Vaccination Hyderabad 1872-1889 - 1872-1889
Year: 1872
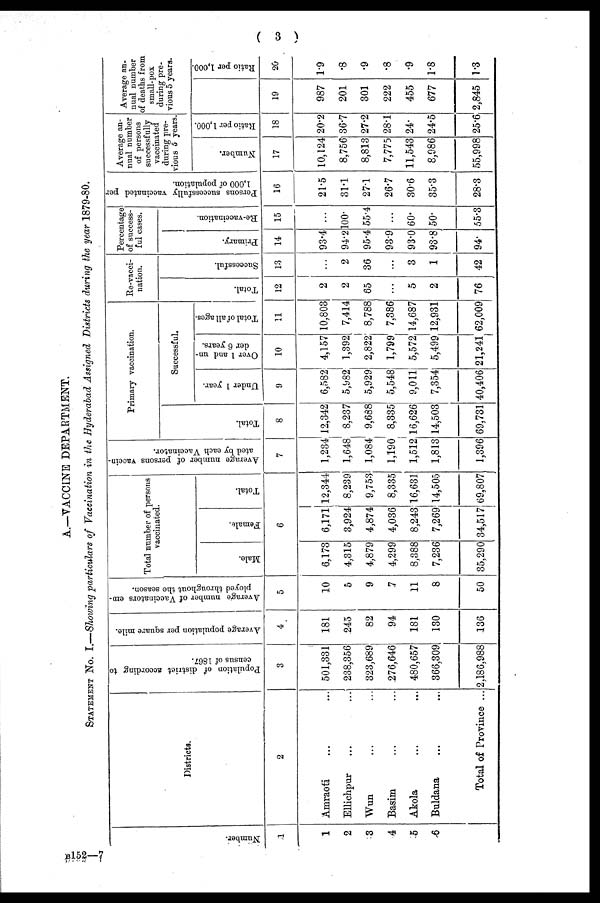
( 3 )
A.—VACCINE DEPARTMENT.
STATEMENT No. I.—Showing particulars of Vaccination in the Hyderabad Assigned Districts during the year 1879-80.
Number.
1
1
2
3
4
5
6
Districts.
2
Amraoti ... ...
Ellichpur ... ...
Wun ... ...
Basim ... ...
Akola ... ...
Buldana ... ...
Total of Province ...
Population of district according to
census of 1867.
3
501,331
238,356
323,689
276,646
480,657
366,309
2,186,988
Average population per square mile.
4
181
245
82
94
181
130
136
Average number of Vaccinators em-
ployed throughout the season.
5
10
5
9
7
11
8
50
Total number of persons
vaccinated.
Male.
Female.
Total.
6
6,173
4,315
4,879
4,299
8,388
7,236
35,290
6,171
3,924
4,874
4,036
8,243
7,269
34,517
12,344
8,239
9,753
8,335
16,631
14,505
69,807
Average number of persons vaccin-
ated by each Vaccinator.
7
1,234
1,648
1,084
1,190
1,512
1,813
1,396
Primary vaccination.
Total.
8
12,342
8,237
9,688
8,335
16,626
14,503
69,731
Successful.
Under 1 year.
9
6,582
5,982
5,929
5,548
9,011
7,354
40,406
Over 1 and un-
der 6 years.
10
4,157
1,392
2,822
1,799
5,572
5,499
21,241
Total of all ages.
11
10,803
7,414
8,788
7,386
14,687
12,931
62,009
Re-vacci-
nation.
Total.
12
2
2
65
...
5
2
76
Successful.
13
...
2
36
...
3
1
42
Percentage
of success-
ful cases.
Pr i
mar y.
14
93.4
94.2
95.4
93.9
93.0
93.8
94.
Re-vaccination.
15
...
100.
55.4
...
60.
50.
55.3
Persons successfully vaccinated per
1,000 of population.
16
21.5
31.1
27.1
26.7
30.6
35.3
28.3
Average an-
nual number
of persons
successfully
vaccinated
during pre-
vious 5 years.
Number.
17
10,124
8,756
8,813
7,775
11,543
8,986
55,998
Ratio per 1,000.
18
20.2
36.7
27.2
28.1
24.
24.5
25.6
Average an-
nual number
of deaths from
small-pox
during pre-
vious 5 years.
19
987
201
301
222
455
677
2,845
Ratio per 1,000.
20
1.9
.8
.9
.8
.9
1.8
1.3
B152—7